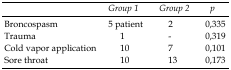
<table><thead><tr><td></td><td><b>Group 1</b></td><td><b>Group 2</b></td><td><b>p</b></td></tr></thead><tbody><tr><td>Broncospasm</td><td>5 patient</td><td>2</td><td>0.335</td></tr><tr><td>Trauma</td><td>1</td><td>-</td><td>0.319</td></tr><tr><td>Cold vapor application</td><td>10</td><td>7</td><td>0.101</td></tr><tr><td>Sore throat</td><td>10</td><td>13</td><td>0.173</td></tr></tbody></table>